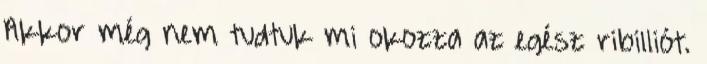
Akkor még nem tudtuk mi okozza az egész ribilliót.